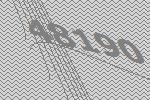
48190